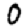
Digit: 0